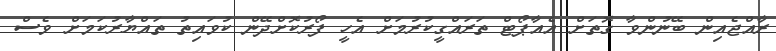
ރާއްޖެއިން ބޭނުންވާ ގޮތަށް އެއާޕޯޓް ތަރައްގީކުރުމަށް އެހީ ފޯރުކޮށްދޭން ކުވައިތު ތައްޔާރުކަމަށް ވެސް